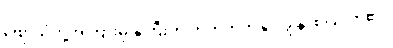
ဗျောသံတို့အကြားမှ နှဲကြီးက တတိတတိနှင့် ချွဲနွဲ့ စပြုလာ၏။